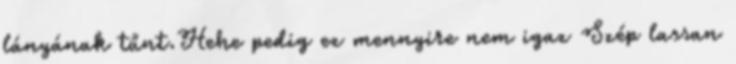
lányának tűnt.Hehe pedig ez mennyire nem igaz Szép lassan